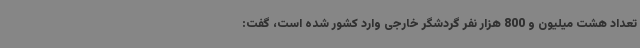
تعداد هشت میلیون و 800 هزار نفر گردشگر خارجی وارد کشور شده است، گفت: